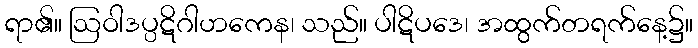
ရာ၏။ ဩဝါဒပ္ပဋိဂါဟကေန၊ သည်။ ပါဋိပဒေ၊ အထွက်တရက်နေ့၌။